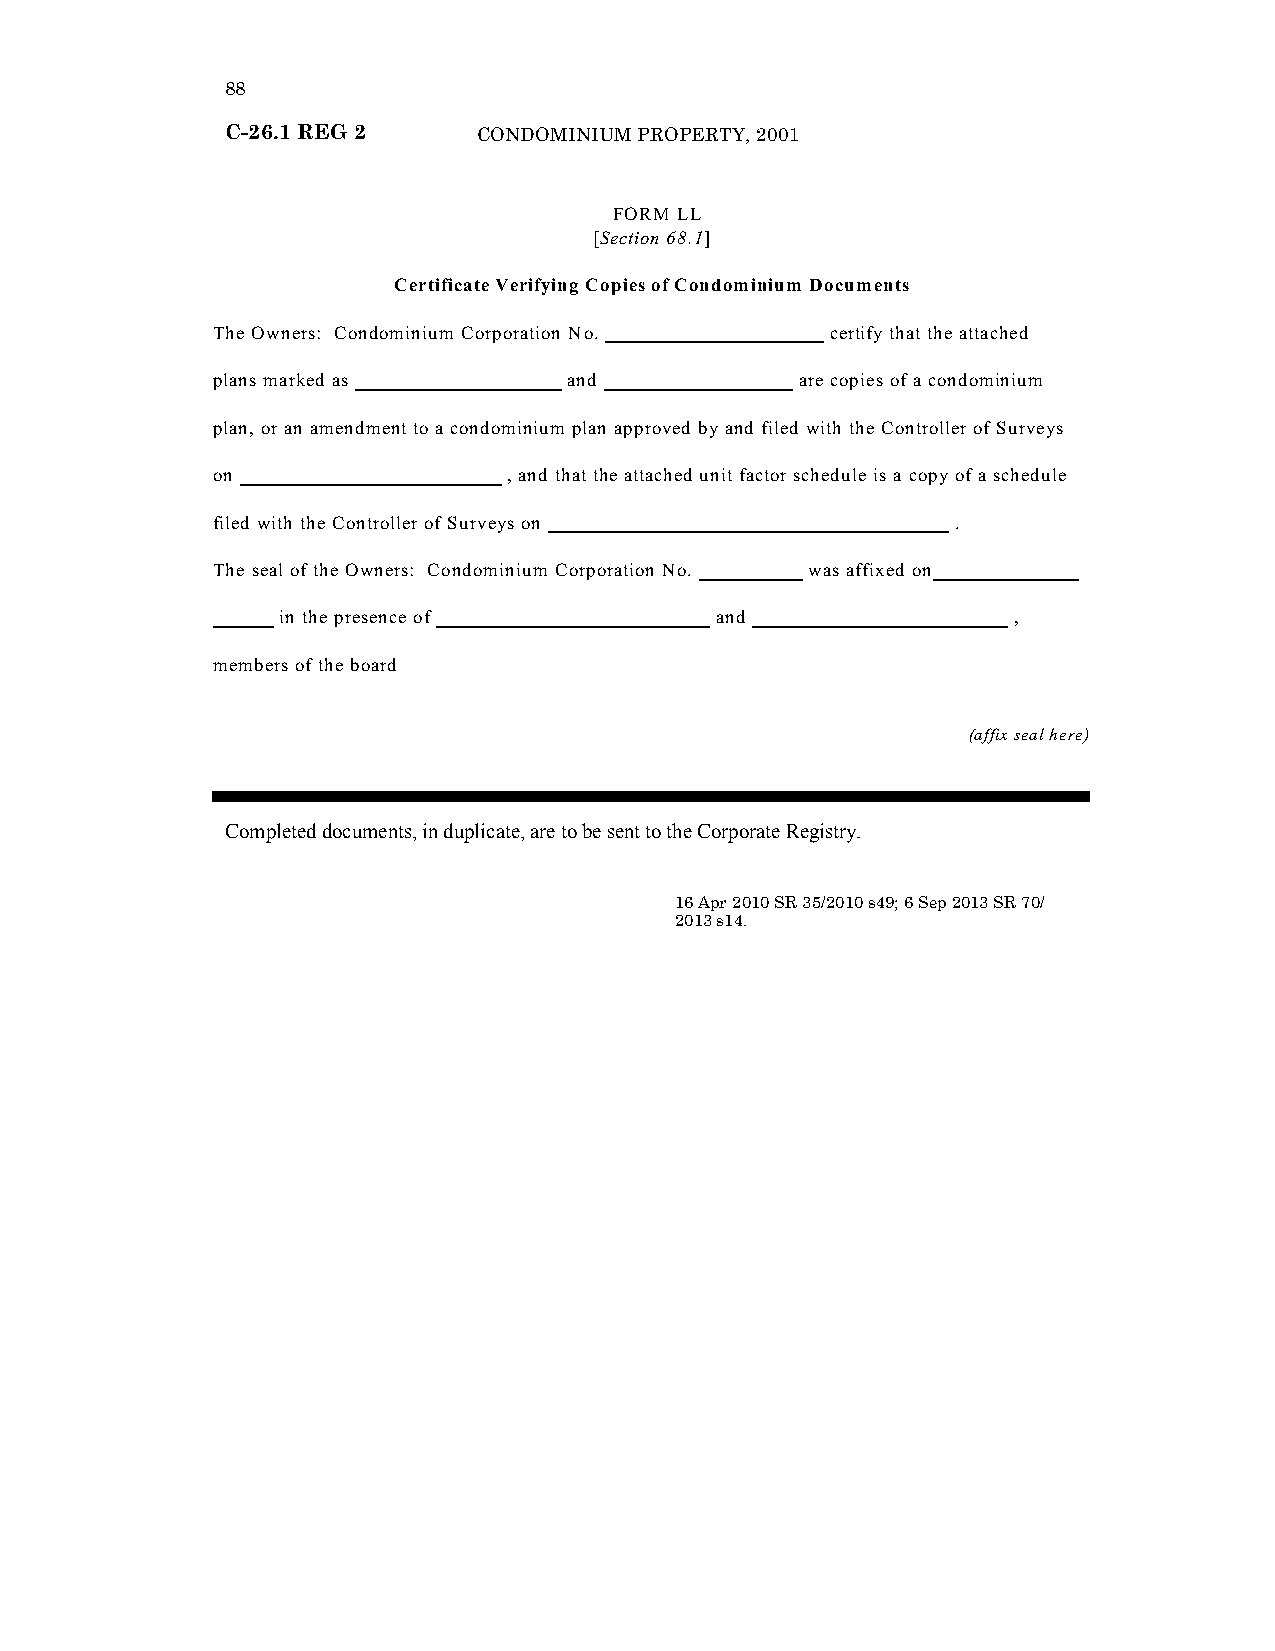
88
 C-26.1 REG 2     CONDOMINIUM PROPERTY, 2001
 “FORM LL
 [Section 68.1]
 Certificate Verifying Copies of Condominium Documents
 The Owners: Condominium Corporation No.  certify that the attached
 plans marked as         and            are copies of a condominium
 plan, or an amendment to a condominium plan approved by and filed with the Controller of Surveys
 on                  , and that the attached unit factor schedule is a copy of a schedule
 filed with the Controller of Surveys on          .
 The seal of the Owners: Condominium Corporation No. was affixed on
 in the presence of          and                 ,
 members of the board
 (affix seal here)
 Completed documents, in duplicate, are to be sent to the Corporate Registry.
 16 Apr 2010 SR 35/2010 s49; 6 Sep 2013 SR 70/
 2013 s14.